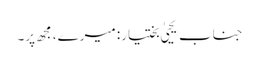
جناب یحییٰ بختیار: میرے، مجھ پر۔